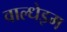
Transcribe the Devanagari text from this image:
वाल्धेइम